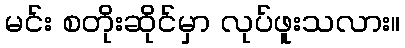
မင်း စတိုးဆိုင်မှာ လုပ်ဖူးသလား။